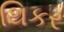
થિકર